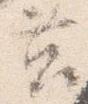
筥